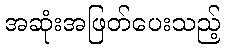
အဆုံးအဖြတ်ပေးသည့်